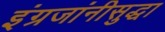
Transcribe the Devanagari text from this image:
इंग्रजांनीसुद्धा